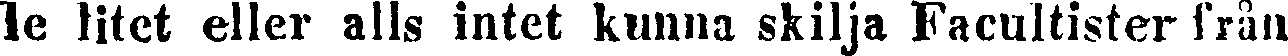
le litet eller alls intet kunna skilja Facultister från